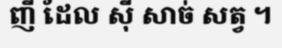
ញី ដែល ស៊ី សាច់ សត្វ ។